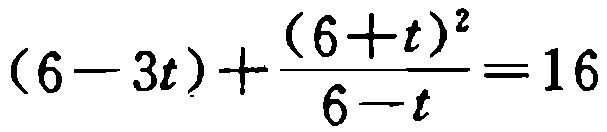
\((6 - 3t)+\frac{(6 + t)^{2}}{6 - t}=16\)